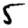
Digit: 5